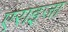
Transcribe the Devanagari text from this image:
एराइजा